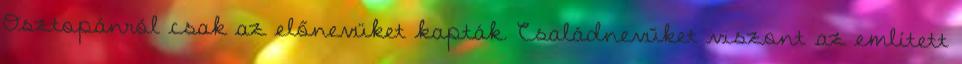
Osztopánról csak az előnevüket kapták. Családnevűket viszont az említett